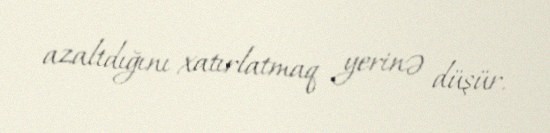
azaltdığını xatırlatmaq yerinə düşür.